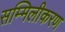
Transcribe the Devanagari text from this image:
सम्मिलीकरण